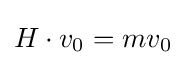
H\cdot v_{0}=mv_{0}